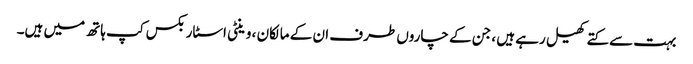
بہت سے کتے کھیل رہے ہیں ، جن کے چاروں طرف ان کے مالکان ، وینٹی اسٹاربکس کپ ہاتھ میں ہیں۔